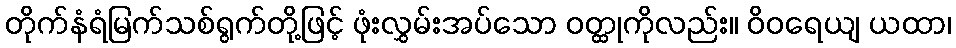
တိုက်နံရံမြက်သစ်ရွက်တို့ဖြင့် ဖုံးလွှမ်းအပ်သော ဝတ္ထုကိုလည်း။ ဝိဝရေယျ ယထာ၊